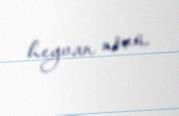
heyvan növü.